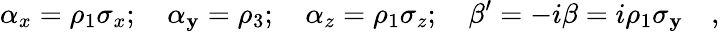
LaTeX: \alpha_{x}=\rho_{1}\sigma_{x};\quad\alpha_{\mathbf{y}}=\rho_{3};\quad\alpha_{z}=\rho_{1}\sigma_{z};\quad\beta^{\prime}=-i\beta=i\rho_{1}\sigma_{\mathbf{y}}\quad,